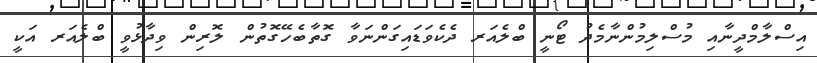
އިސްލާމްދީނާއި މުސްލިމުންނާމެދު ޓޯނީ ބްލެއަރ ދެކެވަޑައިގަންނަވާ ގޮތާބެހޭގޮތުން ލޮރިން ވިދާޅުވީ ބްލެއަރ އަކީ